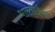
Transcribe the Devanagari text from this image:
भारतीलैब्स